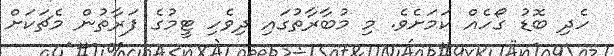
ހެދި ބޮޑު ގޯހެއް ކަމަށެވެ. މި މުބާރާތުގައި ދިވެހި ޓީމުގެ ފަރާތުން މެޗަކަށް